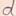
Text: d